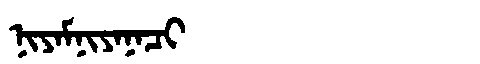
Manchu: ᠨᡳᠶᠠᠮᠨᡳᠶᠠᠨᠠᠴᡳ
Romanization: NIYAMNIYANACI